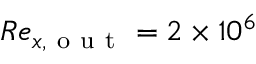
R e _ { x , \mathrm { ~ o ~ u ~ t ~ } } = 2 \times 1 0 ^ { 6 }